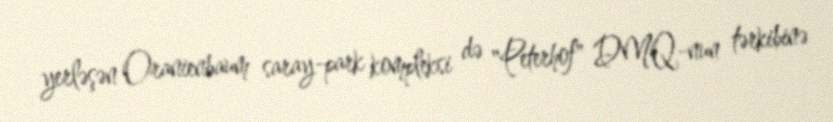
yerləşən Oranienbaum saray-park kompleksi də "Peterhof" DMQ-nun tərkibinə